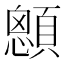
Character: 顖